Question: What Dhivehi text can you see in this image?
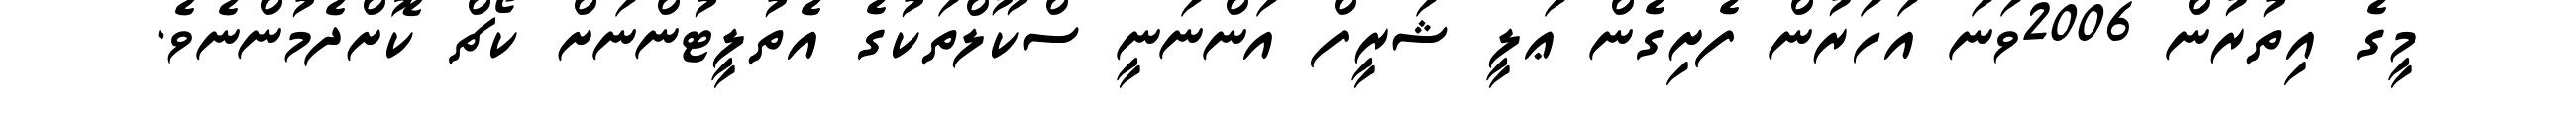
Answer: މީގެ އިތުރުން 2006ވަނަ އަހަރުން ފެށިގެން ޢަލީ ޝަރީފް އަންނަނީ ސްކޫލްތަކުގެ އެތުލީޓުންނަށް ކޯޗް ކޮށްދެމުންނެވެ.